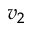
v _ { 2 }